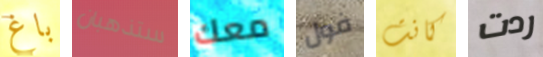
باغ ستذهبان معك فول كانت ردت